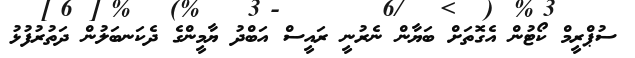
ސުޕްރީމް ކޯޓުން އެގޮތަށް ބަޔާން ނެރުނީ ރައީސް އަބްދު ޔާމީންގެ ދެކަނބަލުން ދަތުރުފުޅު